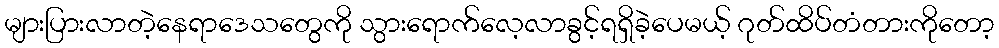
များပြားလာတဲ့နေရာဒေသတွေကို သွားရောက်လေ့လာခွင့်ရရှိခဲ့ပေမယ့် ဂုတ်ထိပ်တံတားကိုတော့